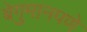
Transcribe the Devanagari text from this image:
बेगुमानपणे